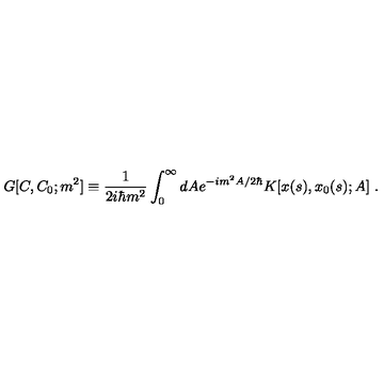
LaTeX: G [ C , C _ { 0 } ; m ^ { 2 } ] \equiv { \frac { 1 } { 2 i \hbar m ^ { 2 } } } \int _ { 0 } ^ { \infty } d A e ^ { - i m ^ { 2 } A / 2 \hbar } K [ x ( s ) , x _ { 0 } ( s ) ; A ] \ .